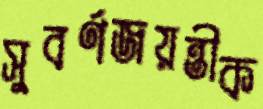
সুবর্ণজয়ন্তীক